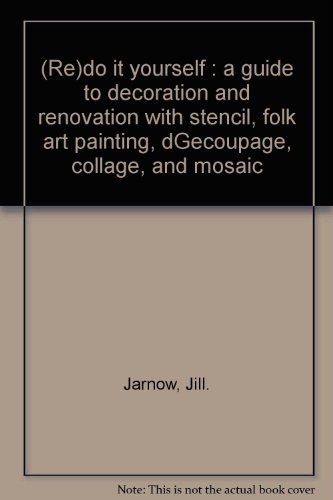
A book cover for (Re)do it yourself : a guide to decoration and renovation with stencil, folk art painting, dGecoupage, collage, and mosaic; Jill. Jarnow; Arts & Photography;